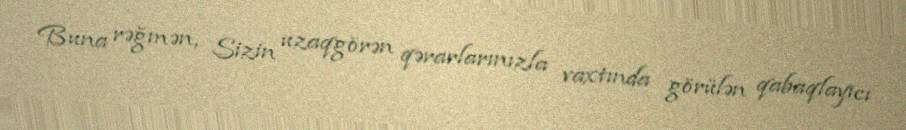
Buna rəğmən, Sizin uzaqgörən qərarlarınızla vaxtında görülən qabaqlayıcı